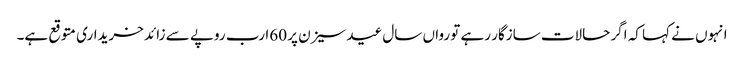
انہوں نے کہا کہ اگر حالات سازگار رہے تو رواں سال عید سیزن پر 60ارب روپے سے زائد خریداری متوقع ہے۔